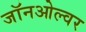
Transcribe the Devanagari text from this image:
जॉनओल्वर